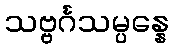
သဗ္ဗင်္ဂသမ္ပန္နေ